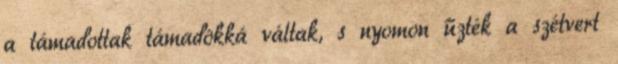
a támadottak támadókká váltak, s nyomon űzték a szétvert